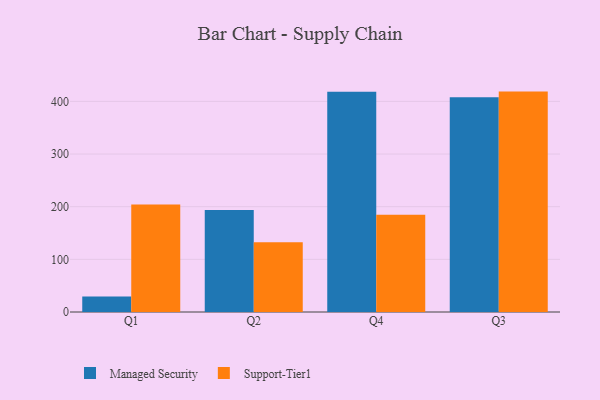
{"axis": {"x": "Quarter", "y": "Website Visitors"}, "legend": ["Managed Security", "Support-Tier1"], "data": [{"x": "Q1", "y": 29.3, "type": "Managed Security"}, {"x": "Q1", "y": 204.2, "type": "Support-Tier1"}, {"x": "Q2", "y": 193.8, "type": "Managed Security"}, {"x": "Q2", "y": 132.7, "type": "Support-Tier1"}, {"x": "Q4", "y": 418.5, "type": "Managed Security"}, {"x": "Q4", "y": 184.5, "type": "Support-Tier1"}, {"x": "Q3", "y": 407.7, "type": "Managed Security"}, {"x": "Q3", "y": 418.6, "type": "Support-Tier1"}]}